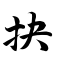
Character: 抉